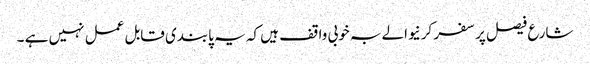
شارع فیصل پر سفر کرنیوالے بہ خوبی واقف ہیں کہ یہ پابندی قابل عمل نہیں ہے ۔